Lunatic asylums Madras 1892-1911 - 1892-1911
Year: 1892
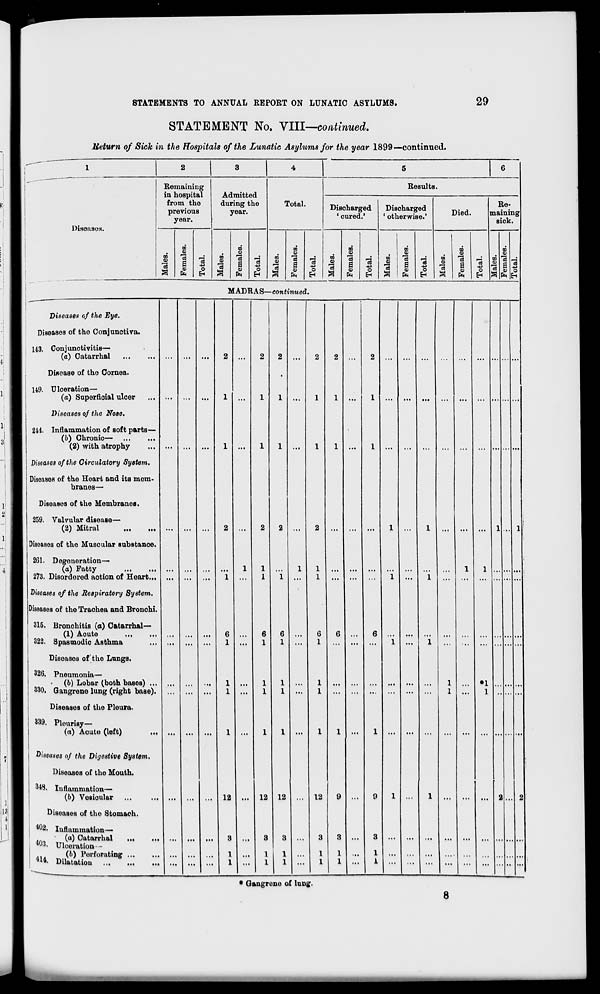
STATEMENTS TO ANNUAL REPORT ON LUNATIC ASYLUMS.
29
STATEMENT No. VIII—continued.
Ueturn of Sick in the Hospitals of the Lunatic Asylums for the year 1899—continued.
3
Diseasos.
Remaining
in hospital
from the
previous
year.
m
75
a
m
<D
73
Q
o
Admitted
during the
year.
0)
a
m
73
a
o
H
Total.
0}
0)
i
m
s
o
o
EH
Results.
Discharged
' cured.'
m
73
a
m
ID
S
©
o
EH
Discharged
• otherwise.'
CO
tt)
3
m
7a
S
<y
o
Died.
Re-
maining
sick.
CD
IB
7a
a
to
0)
7a
S
H a
m
3
75
S
ft
o
MADRAS—continued.
Diseases of the Eye.
Diseases of the Conjunctiva.
143. Conjunctivitis—
(a) Catarrhal
Dioease of the Cornea.
149. Ulceration—
(a) Superficial ulcer
Diseases of the Nose.
244. Inflammation of soft parts—
(6) Chronic—
(2) with atrophy
Diseases of the Circulatory System.
Diseases of the Heart and its mem-
branes—
Diseases of the Membranes.
259. Valvular disease—
(2) Mitral
Diseases of the Muscular Bubstanoe.
261. Degeneration—
(a) Fatty
273. Disordered action of Heart...
Diseases of the Respiratory System.
Diseases of the Traohea and Bronohi.
315. Bronchitis (o) Catarrhal—
(1) Aoute
322. Spasmodic Asthma
Diseases of the Lungs.
326. Pneumonia—
(b) Lobar (both bases) ...
330. Gangrene lung (right base).
Diseases of the Pleura.
339. Pleurisy—
(a) Aoute (left)
Diseases of the Digestive System.
Diseases of tho Mouth.
3 *3, Inflammation—
(b) Vesicular
Disoases of tho Stomach.
402. Inflammation—
(a) Catarrhal
,
*°3. Ulceration —
..
(6) Perforating
' u *- Dilatation
12
12 12
G
1
12
* Gangrono of lung.
1 ...
•1
1
8